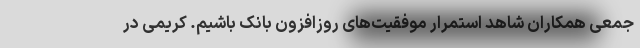
جمعی همکاران شاهد استمرار موفقیت‌های روزافزون بانک باشیم. کریمی در